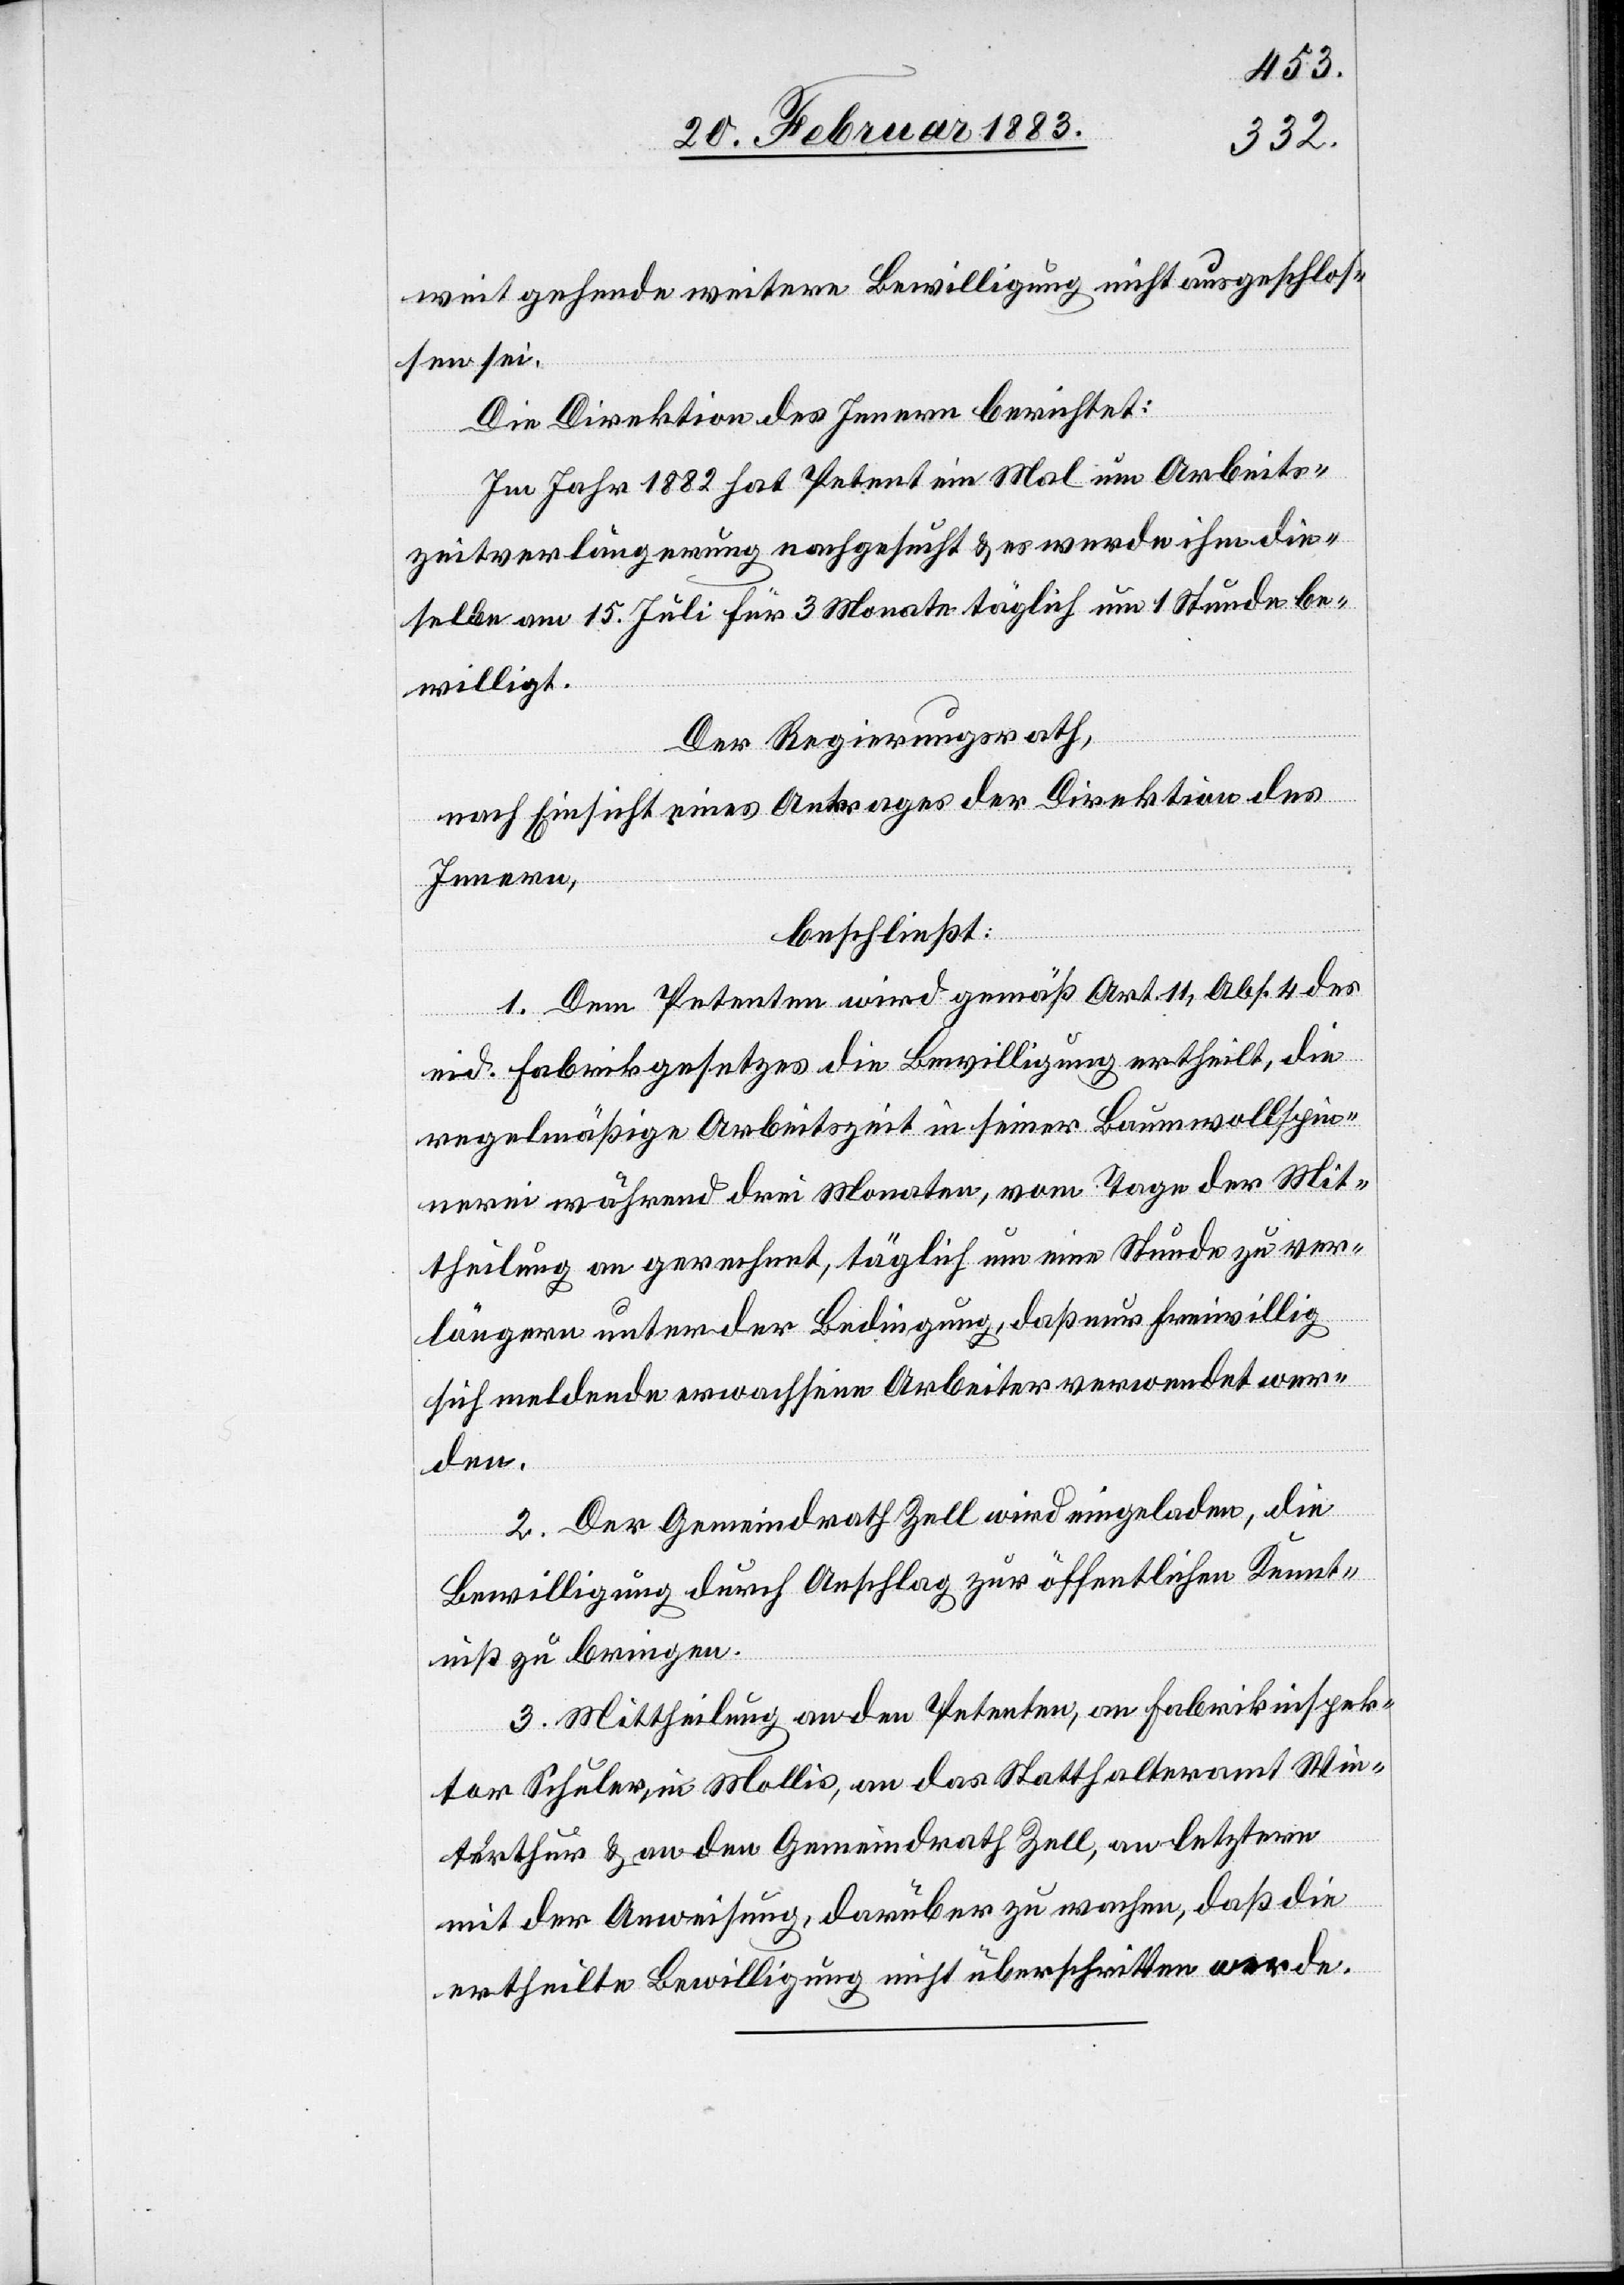
weit gehende weitere Bewilligung nicht ausgeschlos¬
sen sei.
Die Direktion des Innern berichtet:
Im Jahr 1882 hat Petent ein Mal um Arbeits¬
zeitverlängerung nachgesucht & es werde [sic!] ihm die¬
selbe am 15. Juli für 3 Monate täglich um 1 Stunde be¬
willigt.
Der Regierungsrath,
nach Einsicht eines Antrages der Direktion des
Innern,
beschließt:
1. Dem Petenten wird gemäß Art. 11, Abs. 4 des
eid. Fabrikgesetzes die Bewilligung ertheilt, die
regelmäßige Arbeitszeit in seiner Baumwollspin¬
nerei während 3 Monaten, vom Tage der Mit¬
theilung an gerechnet, täglich um eine Stunde zu ver¬
längern unter der Bedingung, daß nur freiwillig
sich meldende erwachsene Arbeiter verwendet wer¬
den.
2. Der Gemeindrath Zell wird eingeladen, die
Bewilligung durch Anschlag zur öffentlichen Kennt¬
niß zu bringen.
3. Mittheilung an den Petenten, an Fabrikinspek¬
tor Schuler, in Mollis, an das Statthalteramt Win¬
terthur & an den Gemeindrath Zell, an letztere
mit der Anweisung, darüber zu wachen, daß die
ertheilte Bewilligung nicht überschritten werde.